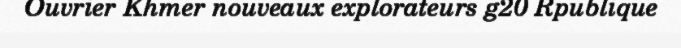
Ouvrier Khmer nouveaux explorateurs g20 Rpublique